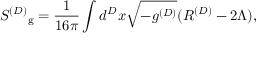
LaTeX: { S ^ { ( D ) } } _ { \mathrm { g } } = \frac { 1 } { 1 6 \pi } \int d ^ { D } x \sqrt { - g ^ { ( D ) } } ( R ^ { ( D ) } - 2 \Lambda ) ,